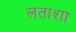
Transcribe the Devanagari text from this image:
लताशा